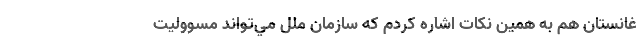
غانستان هم به همين نكات اشاره كردم كه سازمان ملل مي‌تواند مسووليت